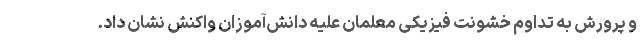
و پرورش به تداوم خشونت فیزیکی معلمان علیه دانش‌آموزان واکنش نشان داد.